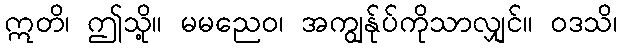
ဣတိ၊ ဤသို့။ မမညေဝ၊ အကျွန်ုပ်ကိုသာလျှင်။ ဝဒသိ၊